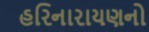
હરિનારાયણનો